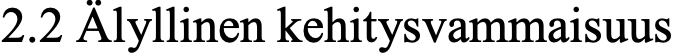
2.2 Älyllinen kehitysvammaisuus